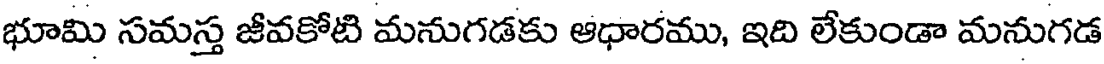
భూమి సమస్త జీవకోటి మనుగడకు ఆధారము, ఇది లేకుండా మనుగడ